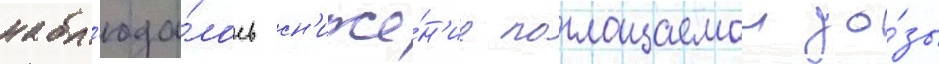
набл'юда́лось сн'иже́н'ие поглощаемои до́зы